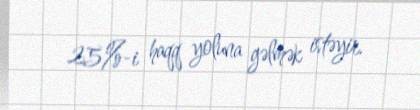
25%-i haqq yoluna gəlmək istəyir.